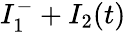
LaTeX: I_{1}^{-}+I_{2}(t)